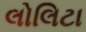
લોલિટા